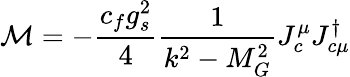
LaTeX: {\cal M}=-\frac{c_{f}g_{s}^{2}}{4}\frac{1}{k^{2}-M_{G}^{2}}J_{c}^{\mu}J_{c\mu}^{\dagger}